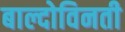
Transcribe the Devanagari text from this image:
बाल्दोविनती